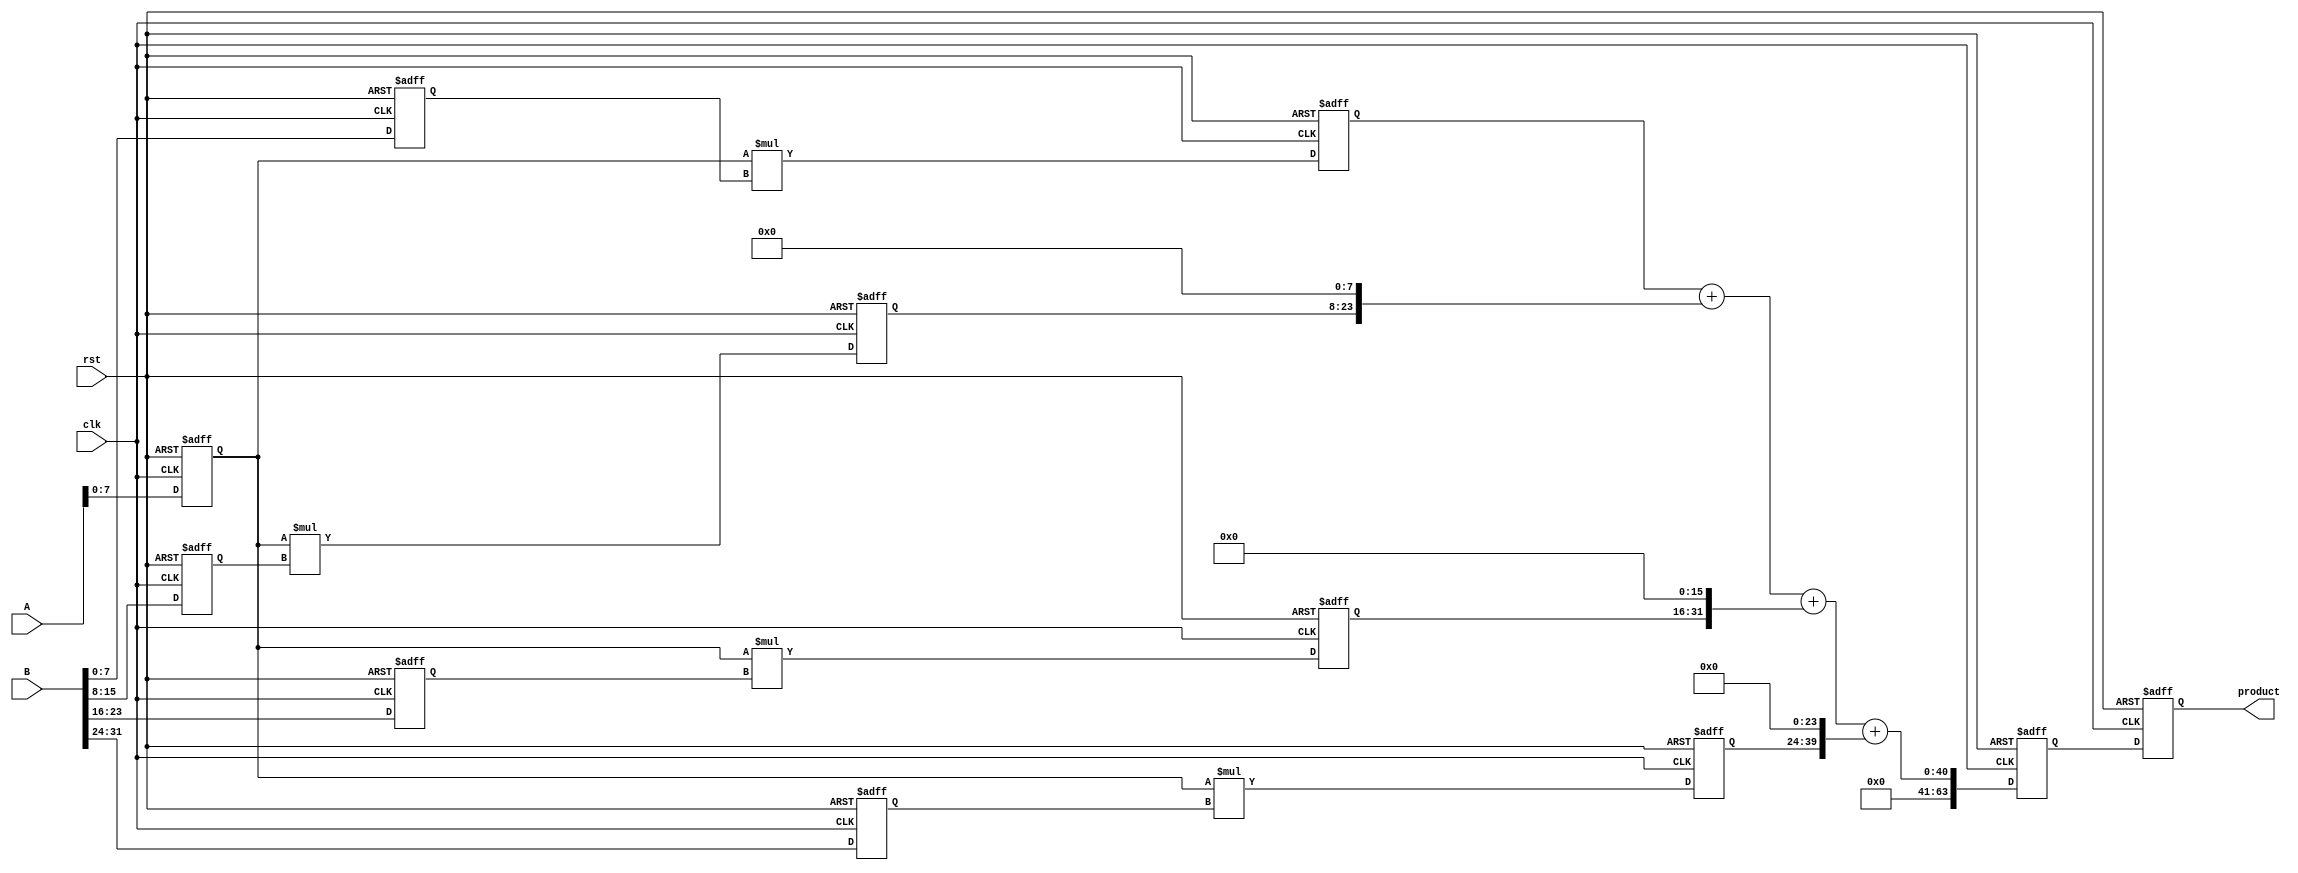
module pipelined_sliced_multiplier #(
    parameter N = 32, // Width of the operands
    parameter M = 4   // Number of slices
)(
    input clk,
    input rst,
    input [N-1:0] A,
    input [N-1:0] B,
    output reg [2*N-1:0] product
);

    localparam SLICE_WIDTH = N / M; // Width of each slice
    reg [SLICE_WIDTH-1:0] A_slices[M-1:0];
    reg [SLICE_WIDTH-1:0] B_slices[M-1:0];
    reg [2*SLICE_WIDTH-1:0] partial_products[M-1:0];
    reg [2*N-1:0] sum_partial_products;

    // Stage 1: Slice the inputs
    always @(posedge clk or posedge rst) begin
        if (rst) begin
            A_slices[0] <= 0; A_slices[1] <= 0; A_slices[2] <= 0; A_slices[3] <= 0;
            B_slices[0] <= 0; B_slices[1] <= 0; B_slices[2] <= 0; B_slices[3] <= 0;
        end else begin
            A_slices[0] <= A[SLICE_WIDTH-1:0];
            A_slices[1] <= A[2*SLICE_WIDTH-1:SLICE_WIDTH];
            A_slices[2] <= A[3*SLICE_WIDTH-1:2*SLICE_WIDTH];
            A_slices[3] <= A[4*SLICE_WIDTH-1:3*SLICE_WIDTH];

            B_slices[0] <= B[SLICE_WIDTH-1:0];
            B_slices[1] <= B[2*SLICE_WIDTH-1:SLICE_WIDTH];
            B_slices[2] <= B[3*SLICE_WIDTH-1:2*SLICE_WIDTH];
            B_slices[3] <= B[4*SLICE_WIDTH-1:3*SLICE_WIDTH];
        end
    end

    // Stage 2: Multiply slices
    always @(posedge clk or posedge rst) begin
        if (rst) begin
            partial_products[0] <= 0; partial_products[1] <= 0; 
            partial_products[2] <= 0; partial_products[3] <= 0;
        end else begin
            partial_products[0] <= A_slices[0] * B_slices[0];
            partial_products[1] <= A_slices[0] * B_slices[1];
            partial_products[2] <= A_slices[0] * B_slices[2];
            partial_products[3] <= A_slices[0] * B_slices[3];
        end
    end

    // Stage 3: Sum partial products
    always @(posedge clk or posedge rst) begin
        if (rst) begin
            sum_partial_products <= 0;
        end else begin
            sum_partial_products <= partial_products[0] + 
                                   (partial_products[1] << SLICE_WIDTH) + 
                                   (partial_products[2] << (2*SLICE_WIDTH)) + 
                                   (partial_products[3] << (3*SLICE_WIDTH));
        end
    end

    // Stage 4: Output the final product
    always @(posedge clk or posedge rst) begin
        if (rst) begin
            product <= 0;
        end else begin
            product <= sum_partial_products;
        end
    end

endmodule